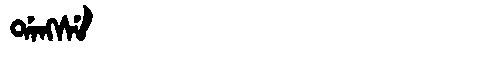
Manchu: ᡩᠠᠩᠰᡝ
Romanization: DANGSE